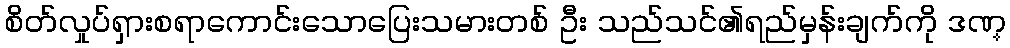
စိတ်လှုပ်ရှားစရာကောင်းသောပြေးသမားတစ် ဦး သည်သင်၏ရည်မှန်းချက်ကို ဒဏ္